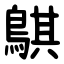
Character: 鶀